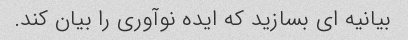
بیانیه ای بسازید که ایده نوآوری را بیان کند.